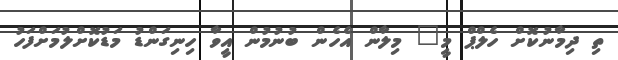
ތި ދިމާނުކޮށް ހެލްޕް މީ" މިލާން އެހެން ބުނުމުން އީވާ ހިނިގަންޑު މަޑުކޮށްލުމަށްފަހު